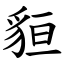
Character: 貆